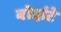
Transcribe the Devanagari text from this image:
बोदांटे